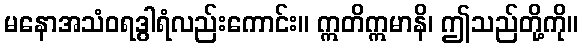
မနောအသံဝရဒွါရံလည်းကောင်း။ ဣတိဣမာနိ၊ ဤသည်တို့ကို။